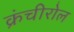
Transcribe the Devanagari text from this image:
क्रंचीरोल